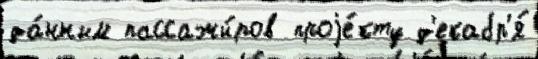
да́нным пассажи́ров проjе́кту д'екабр'я́